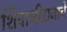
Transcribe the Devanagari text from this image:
शिवाजीराजाचे